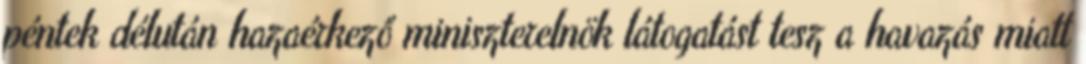
péntek délután hazaérkező miniszterelnök látogatást tesz a havazás miatt